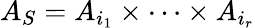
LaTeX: A_{S}=A_{i_{1}}\times\cdots\times A_{i_{r}}